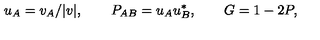
u _ { A } = v _ { A } / | v | , \qquad P _ { A B } = u _ { A } u _ { B } ^ { * } , \qquad G = 1 - 2 P ,